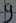
Text: 9